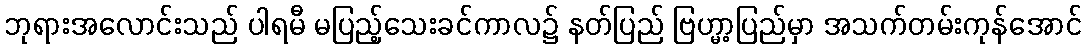
ဘုရားအလောင်းသည် ပါရမီ မပြည့်သေးခင်ကာလ၌ နတ်ပြည် ဗြဟ္မာ့ပြည်မှာ အသက်တမ်းကုန်အောင်